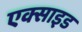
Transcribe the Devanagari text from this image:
एक्साइड